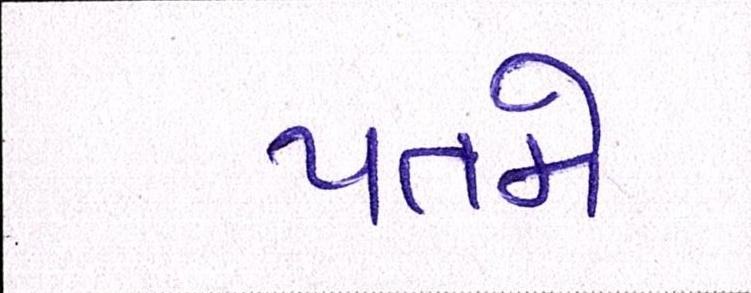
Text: પતમે